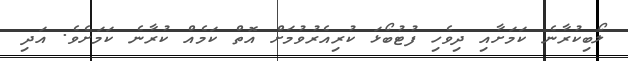
ލޯބިކުރާނެ ކަމަށާއި ދިވެހި ފުޓުބޯޅަ ކުރިއެރުވުމަށް އޮތް ކަމެއް ކުރާނެ ކަމަށެވެ. އަދި